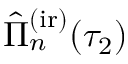
\hat { \Pi } _ { n } ^ { \mathrm { ( i r ) } } ( \tau _ { 2 } )